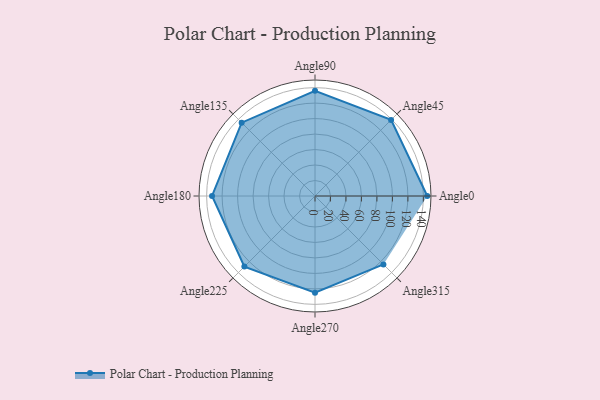
{"axis": {"x": "Angle", "y": "Radius"}, "legend": [""], "data": [{"x": "Angle0", "y": 145.0, "type": ""}, {"x": "Angle45", "y": 139.0, "type": ""}, {"x": "Angle90", "y": 136.0, "type": ""}, {"x": "Angle135", "y": 134.0, "type": ""}, {"x": "Angle180", "y": 133.0, "type": ""}, {"x": "Angle225", "y": 129.0, "type": ""}, {"x": "Angle270", "y": 125.0, "type": ""}, {"x": "Angle315", "y": 125.0, "type": ""}]}